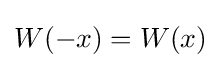
W(-x)=W(x)